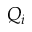
Q _ { i }